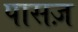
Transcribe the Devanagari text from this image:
पासज़